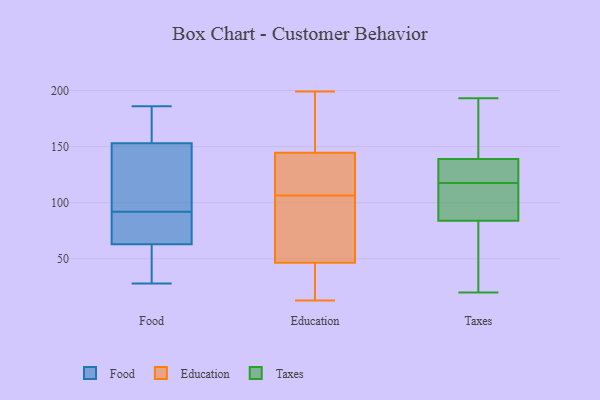
{"axis": {"x": "Budget (USD K)", "y": "Value"}, "legend": ["Education", "Food", "Taxes"], "data": [{"x": "", "y": 74, "type": "Food"}, {"x": "", "y": 161, "type": "Food"}, {"x": "", "y": 186, "type": "Food"}, {"x": "", "y": 51, "type": "Food"}, {"x": "", "y": 167, "type": "Food"}, {"x": "", "y": 28, "type": "Food"}, {"x": "", "y": 60, "type": "Food"}, {"x": "", "y": 80, "type": "Food"}, {"x": "", "y": 121, "type": "Food"}, {"x": "", "y": 92, "type": "Food"}, {"x": "", "y": 92, "type": "Food"}, {"x": "", "y": 63, "type": "Food"}, {"x": "", "y": 117, "type": "Food"}, {"x": "", "y": 153, "type": "Food"}, {"x": "", "y": 199, "type": "Education"}, {"x": "", "y": 184, "type": "Education"}, {"x": "", "y": 131, "type": "Education"}, {"x": "", "y": 169, "type": "Education"}, {"x": "", "y": 45, "type": "Education"}, {"x": "", "y": 85, "type": "Education"}, {"x": "", "y": 106, "type": "Education"}, {"x": "", "y": 183, "type": "Education"}, {"x": "", "y": 42, "type": "Education"}, {"x": "", "y": 76, "type": "Education"}, {"x": "", "y": 13, "type": "Education"}, {"x": "", "y": 48, "type": "Education"}, {"x": "", "y": 143, "type": "Education"}, {"x": "", "y": 38, "type": "Education"}, {"x": "", "y": 141, "type": "Education"}, {"x": "", "y": 146, "type": "Education"}, {"x": "", "y": 138, "type": "Education"}, {"x": "", "y": 84, "type": "Education"}, {"x": "", "y": 19, "type": "Education"}, {"x": "", "y": 107, "type": "Education"}, {"x": "", "y": 129, "type": "Taxes"}, {"x": "", "y": 35, "type": "Taxes"}, {"x": "", "y": 106, "type": "Taxes"}, {"x": "", "y": 33, "type": "Taxes"}, {"x": "", "y": 106, "type": "Taxes"}, {"x": "", "y": 84, "type": "Taxes"}, {"x": "", "y": 133, "type": "Taxes"}, {"x": "", "y": 150, "type": "Taxes"}, {"x": "", "y": 99, "type": "Taxes"}, {"x": "", "y": 142, "type": "Taxes"}, {"x": "", "y": 193, "type": "Taxes"}, {"x": "", "y": 139, "type": "Taxes"}, {"x": "", "y": 136, "type": "Taxes"}, {"x": "", "y": 20, "type": "Taxes"}]}